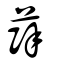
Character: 𦵮